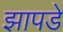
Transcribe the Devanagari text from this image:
झापडे